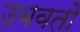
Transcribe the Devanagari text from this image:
उबवतो